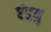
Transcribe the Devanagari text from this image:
एंड्रयु